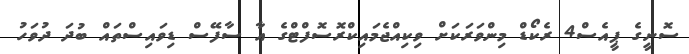
ސޮނީގެ ޕީއެސް4 ރެކޯޑް މިންވަރަކަށް ވިކިއްޖެމައިކްރޮސޮފްޓްގެ އާ ސާފޭސް ޑިވައިސްތައް ބުދަ ދުވަހު